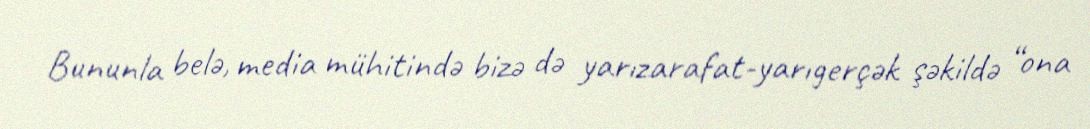
Bununla belə, media mühitində bizə də yarızarafat-yarıgerçək şəkildə “ona